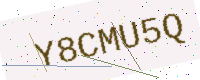
Text: Y8CMU5Q